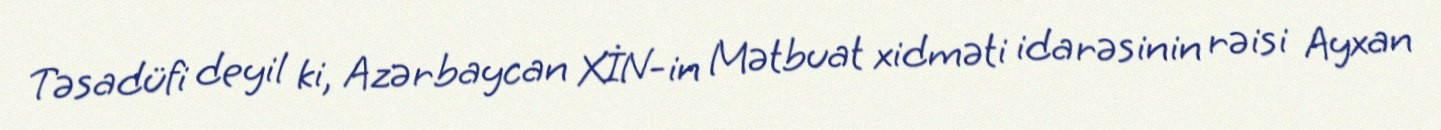
Təsadüfi deyil ki, Azərbaycan XİN-in Mətbuat xidməti idarəsinin rəisi Ayxan